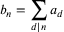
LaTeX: b _ { n } = \sum _ { d | n } a _ { d }